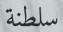
سلطنة